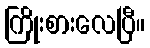
ကြိုးစားလေပြီ။